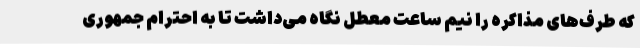
که طرف‌های مذاکره را نیم ساعت معطل نگاه می‌داشت تا به احترام جمهوری